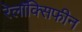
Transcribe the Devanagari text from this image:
रेलॉक्सिफीन